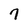
Character: 7